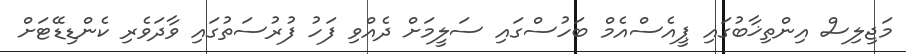
މަޖިލިސް އިންތިޚާބުގައި ޕީއެސްއެމް ބަހުސްގައި ސަލީމަށް ދެއްވި ފަހު ފުރުސަތުގައި ވާދަވެރި ކެންޑިޑޭޓަށް